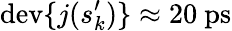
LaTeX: \mathrm{dev}\{ j(s_{k}^{\prime})\} \approx 20~\mathrm{ps}